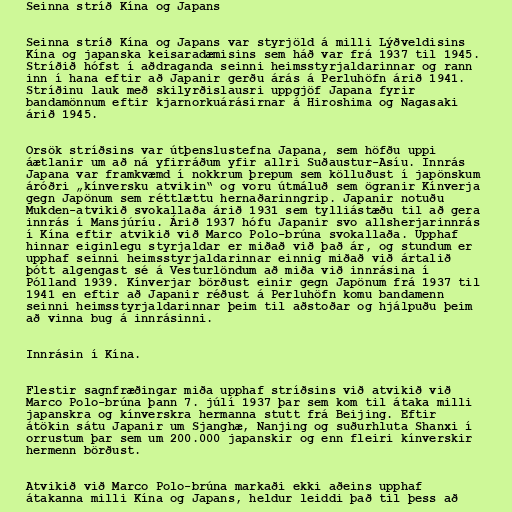
Seinna stríð Kína og Japans

Seinna stríð Kína og Japans var styrjöld á milli Lýðveldisins
Kína og japanska keisaradæmisins sem háð var frá 1937 til 1945.
Stríðið hófst í aðdraganda seinni heimsstyrjaldarinnar og rann
inn í hana eftir að Japanir gerðu árás á Perluhöfn árið 1941.
Stríðinu lauk með skilyrðislausri uppgjöf Japana fyrir
bandamönnum eftir kjarnorkuárásirnar á Hiroshima og Nagasaki
árið 1945.

Orsök stríðsins var útþenslustefna Japana, sem höfðu uppi
áætlanir um að ná yfirráðum yfir allri Suðaustur-Asíu. Innrás
Japana var framkvæmd í nokkrum þrepum sem kölluðust í japönskum
áróðri „kínversku atvikin“ og voru útmáluð sem ögranir Kínverja
gegn Japönum sem réttlættu hernaðarinngrip. Japanir notuðu
Mukden-atvikið svokallaða árið 1931 sem tylliástæðu til að gera
innrás í Mansjúríu. Árið 1937 hófu Japanir svo allsherjarinnrás
í Kína eftir atvikið við Marco Polo-brúna svokallaða. Upphaf
hinnar eiginlegu styrjaldar er miðað við það ár, og stundum er
upphaf seinni heimsstyrjaldarinnar einnig miðað við ártalið
þótt algengast sé á Vesturlöndum að miða við innrásina í
Pólland 1939. Kínverjar börðust einir gegn Japönum frá 1937 til
1941 en eftir að Japanir réðust á Perluhöfn komu bandamenn
seinni heimsstyrjaldarinnar þeim til aðstoðar og hjálpuðu þeim
að vinna bug á innrásinni.

Innrásin í Kína.

Flestir sagnfræðingar miða upphaf stríðsins við atvikið við
Marco Polo-brúna þann 7. júlí 1937 þar sem kom til átaka milli
japanskra og kínverskra hermanna stutt frá Beijing. Eftir
átökin sátu Japanir um Sjanghæ, Nanjing og suðurhluta Shanxi í
orrustum þar sem um 200.000 japanskir og enn fleiri kínverskir
hermenn börðust.

Atvikið við Marco Polo-brúna markaði ekki aðeins upphaf
átakanna milli Kína og Japans, heldur leiddi það til þess að